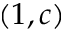
\left( 1 , c \right)